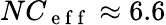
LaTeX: NC_{\mathrm{~e~f~f~}}\approx 6.6